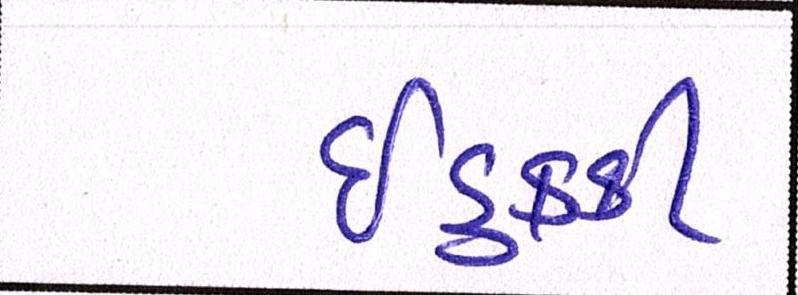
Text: ઈડુક્કી